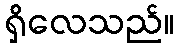
ရှိလေသည်။